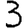
Digit: 3